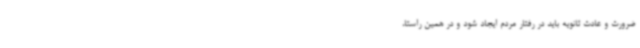
ضرورت و عادت ثانویه باید در رفتار مردم ایجاد شود و در همین راستا،